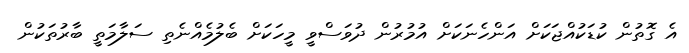
އެ ގޮތުން ކުޑަކުއްޖަކަށް އަންހެނަކަށް އުމުރުން ދުވަސްވީ މީހަކަށް ބެލުމެއްނެތި ސަލާމަތީ ބާރުތަކުން